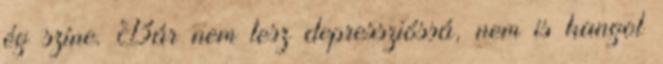
ég színe. Bár nem tesz depresszióssá, nem is hangol